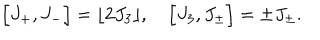
\Bigl [ J _ { + } , J _ { - } \Bigr ] = \lfloor 2 J _ { 3 } \rfloor , \quad \Bigl [ J _ { 3 } , J _ { \pm } \Bigr ] = \pm J _ { \pm } .